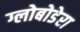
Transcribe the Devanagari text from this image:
ग्लोबोडेरा